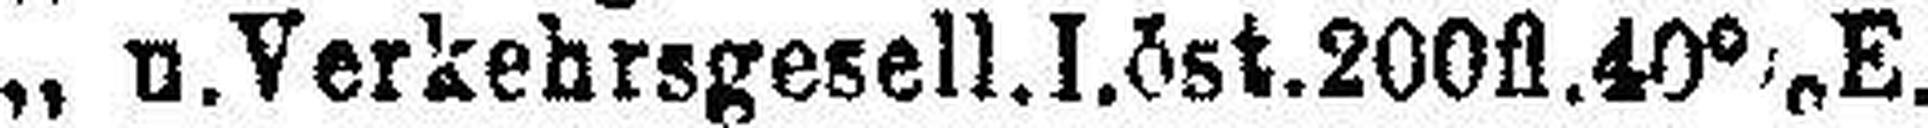
„ u. Verkehrsgesell. Löst. 200fl. 40% E.